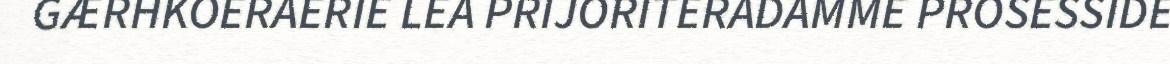
GÆRHKOERAERIE LEA PRIJORITERADAMME PROSESSIDE